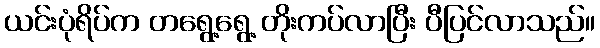
ယင်းပုံရိပ်က တရွေ့ရွေ့ တိုးကပ်လာပြီး ပီပြင်လာသည်။